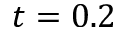
t = 0 . 2